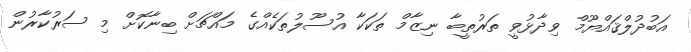
އަބުދުލްޤައްޔޫމް ވިދާޅުވީ ތަރުތީބާ ނިޒާމް ތަކަކާ އުސޫލުތަކެއްގެ މައްޗަށް ބިނާކޮށް މި ސަރުކާރުން